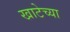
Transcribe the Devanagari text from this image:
खाटेच्या